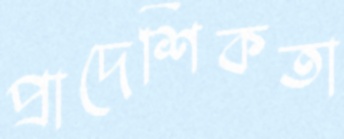
প্রাদেশিকতা